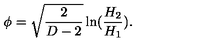
\phi = \sqrt { \frac { 2 } { D - 2 } } \ln ( \frac { H _ { 2 } } { H _ { 1 } } ) .